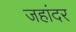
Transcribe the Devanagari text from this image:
जहांदर